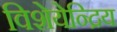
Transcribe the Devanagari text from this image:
विशेयेन्द्रिय